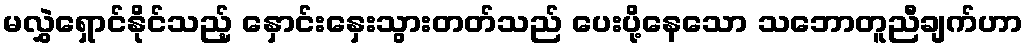
မလွှဲရှောင်နိုင်သည့် နှောင်းနှေးသွားတတ်သည် ပေးပို့နေသော သဘောတူညီချက်ဟာ